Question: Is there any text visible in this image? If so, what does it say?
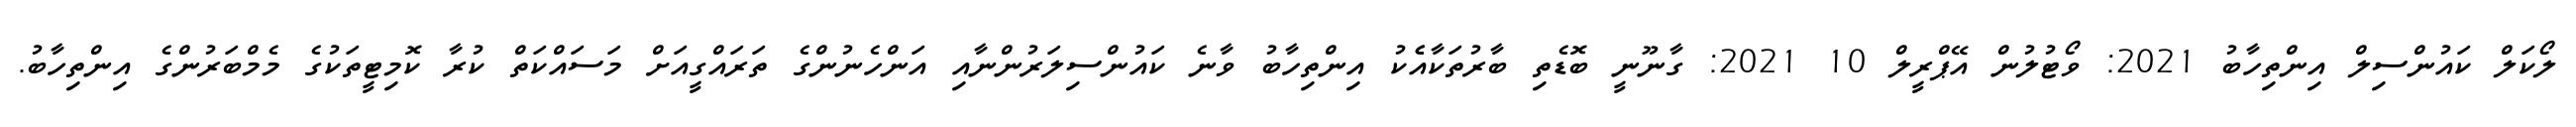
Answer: ލޯކަލް ކައުންސިލް އިންތިހާބު 2021: ވޯޓުލުން އޭޕްރީލް 10 2021: ގާނޫނީ ބޮޑެތި ބާރުތަކާއެެކު އިންތިހާބު ވާނެ ކައުންސިލަރުންނާއި އަންހެނުންގެ ތަރައްގީއަށް މަސައްކަތް ކުރާ ކޮމިޓީތަކުގެ މެމްބަރުންގެ އިންތިހާބު.